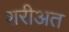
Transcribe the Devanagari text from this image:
शरीअत